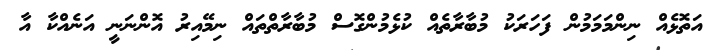
އަތޮޅެއް ނިންމަމަމުން ފަހަރަކު މުބާރާތެއް ކުޅެމުންގޮސް މުބާރާތްތައް ނިމޭއިރު އޮންނަނީ އަނެއްކާ އާ